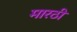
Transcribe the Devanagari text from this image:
मारठी